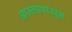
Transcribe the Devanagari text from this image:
आम्लापासून